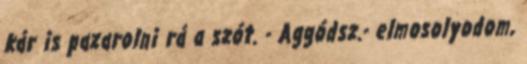
kár is pazarolni rá a szót. - Aggódsz.- elmosolyodom,